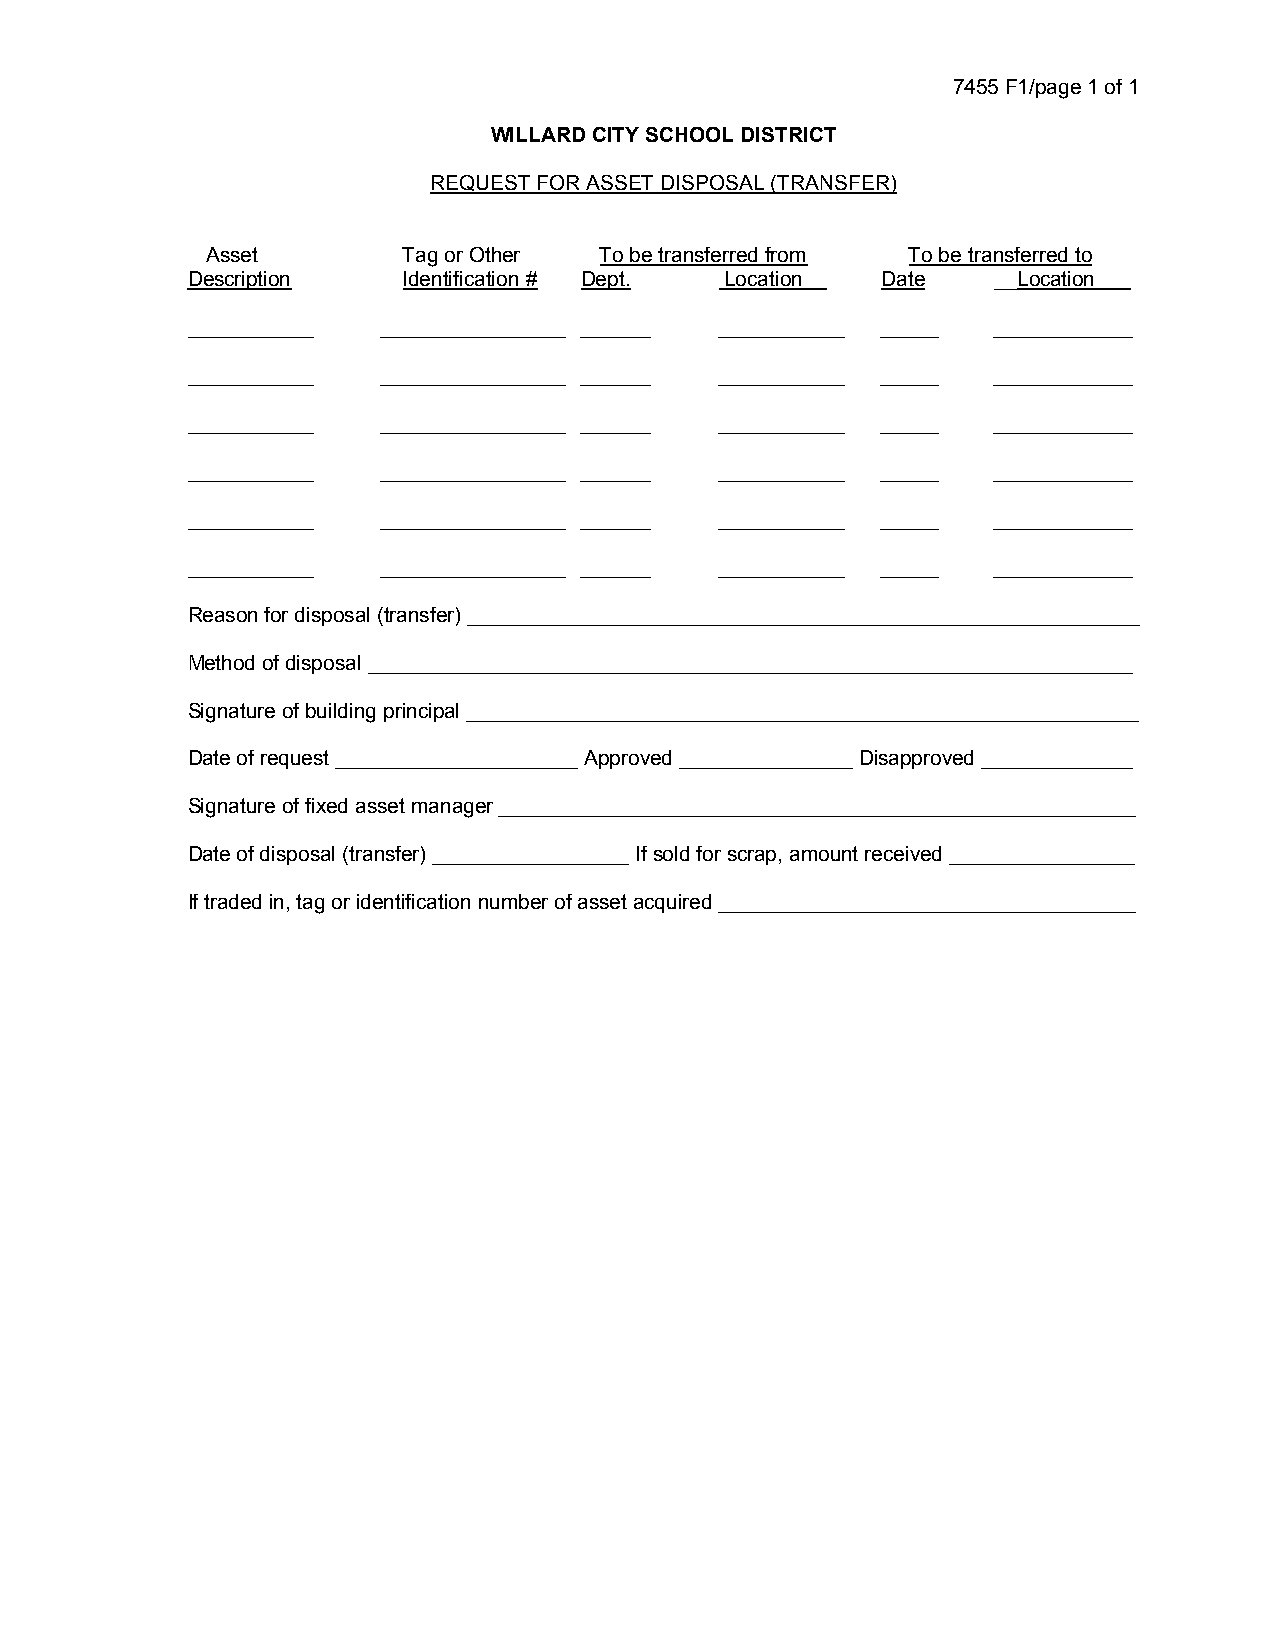
7455 F1/page 1 of 1
 WILLARD CITY SCHOOL DISTRICT
 REQUEST FOR ASSET DISPOSAL (TRANSFER)
 Asset        Tag or Other To be transferred from To be transferred to
 Description    Identification # Dept. Location__ Date __Location___
 ___________  ________________ ______ ___________ _____ ____________
 ___________  ________________ ______ ___________ _____ ____________
 ___________  ________________ ______ ___________ _____ ____________
 ___________  ________________ ______ ___________ _____ ____________
 ___________  ________________ ______ ___________ _____ ____________
 ___________  ________________ ______ ___________ _____ ____________
 Reason for disposal (transfer) __________________________________________________________
 Method of disposal __________________________________________________________________
 Signature of building principal __________________________________________________________
 Date of request _____________________ Approved _______________ Disapproved _____________
 Signature of fixed asset manager _______________________________________________________
 Date of disposal (transfer) _________________ If sold for scrap, amount received ________________
 If traded in, tag or identification number of asset acquired ____________________________________